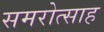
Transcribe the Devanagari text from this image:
समरोत्साह